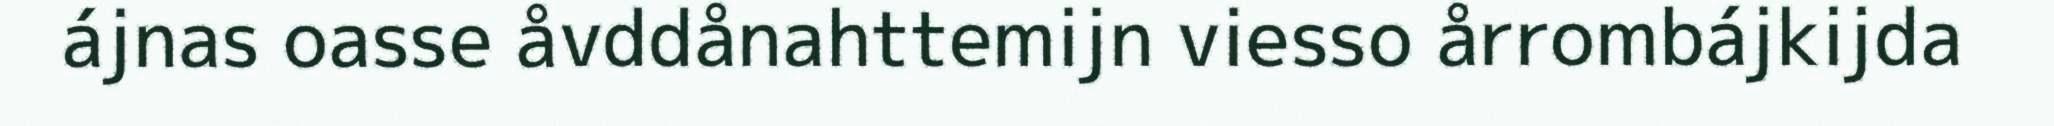
ájnas oasse åvddånahttemijn viesso årrombájkijda